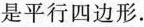
是平行四边形.